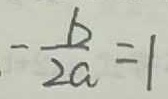
- \frac { b } { 2 a } = 1